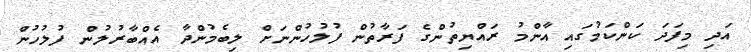
އަދި މިފަދަ ކަންކަމުގައި އާންމު ރައްޔިތުންގެ ފަރާތުން ފުލުހުންނަށް ލިބެމުންދާ އެއްބާރުލުން ފުލުހުން